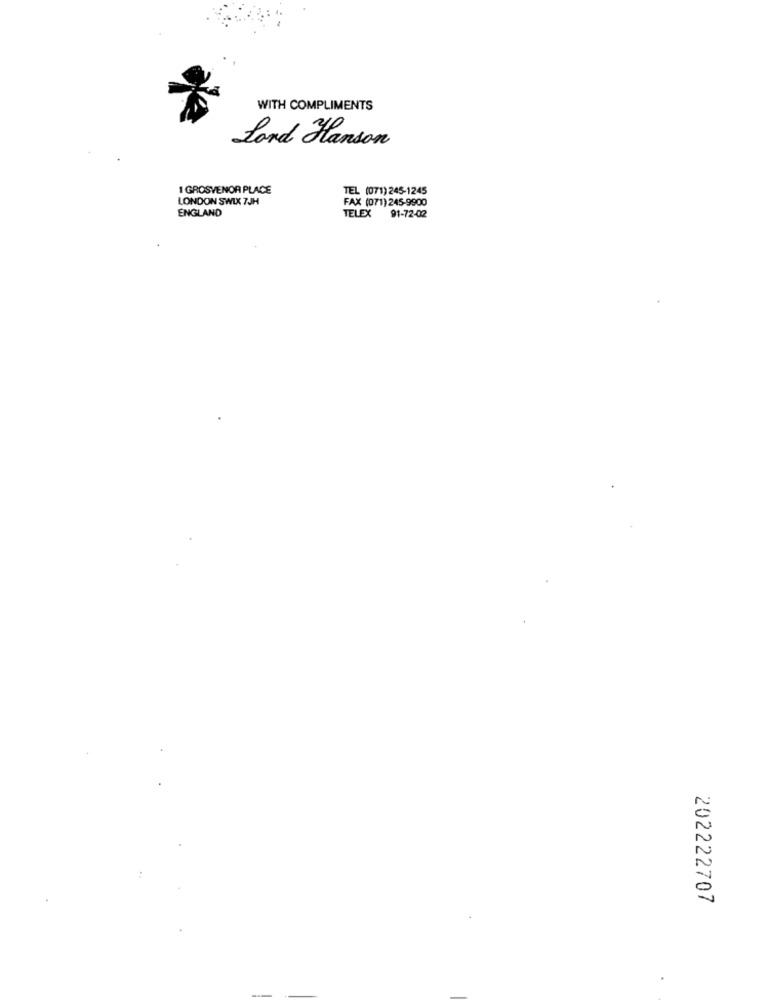
WITH COMPLIMENTS
Lord Hanson
1 GROSVENOR PLACE
TEL (071) 245-1245
LONDON SWIX 7JH
FAX (071) 245-9900
ENGLAND
TELEX 91-72-02
202222707